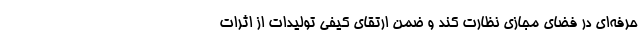
حرفه‌ای در فضای مجازی نظارت کند و ضمن ارتقای کیفی تولیدات از اثرات